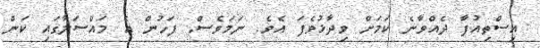
އިސްތިއުފާ ދެއްވާނެ ކަމަށް ވިދާޅުވެފަ އެވެ. ނަމަވެސް